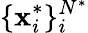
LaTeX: \{ \mathbf{x}_{i}^{*}\} _{i}^{N^{*}}